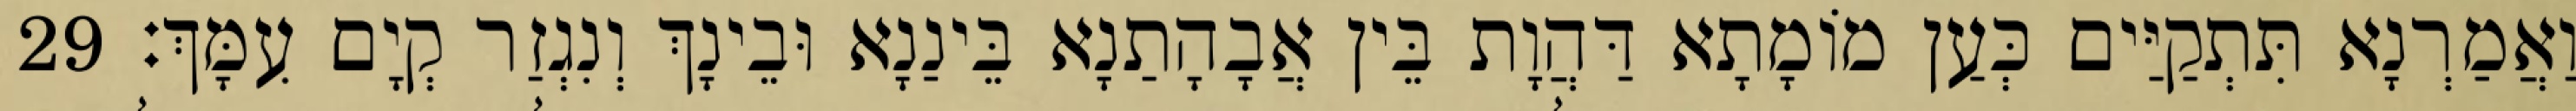
וַאֲמַרְנָא תִּתְקַיַּים כְּעַן מוֹמָתָא דַּהֲוָת בֵּין אֲבָהָתַנָא בֵּינַנָא וּבֵינָךְ וְנִגְזַר קְיָם עִמָּךְ׃ 29